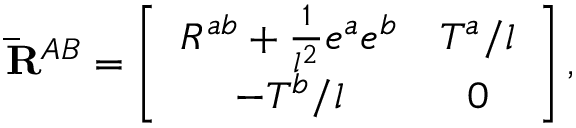
{ \bf \bar { R } } ^ { A B } = \left[ \begin{array} { c c } { { R ^ { a b } + \frac { 1 } { l ^ { 2 } } e ^ { a } e ^ { b } } } & { { T ^ { a } / l } } \\ { { - T ^ { b } / l } } & { { 0 } } \end{array} \right] ,